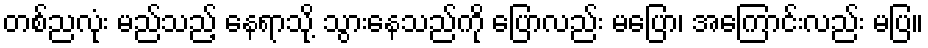
တစ်ညလုံး မည်သည့် နေရာသို့ သွားနေသည်ကို ပြောလည်း မပြော၊ အကြောင်းလည်း မပြ။